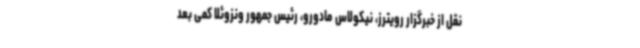
نقل از خبرگزار رویترز، نیکولاس مادورو، رئیس جمهور ونزوئلا کمی بعد